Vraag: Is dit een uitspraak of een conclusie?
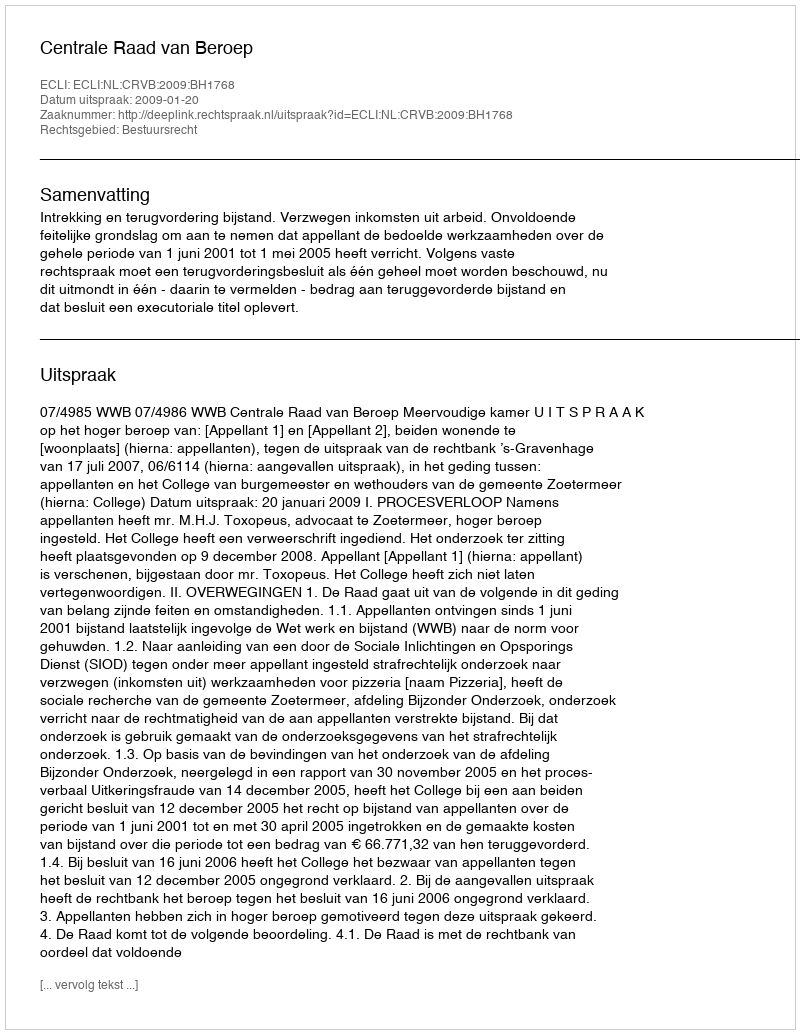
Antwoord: Uitspraak